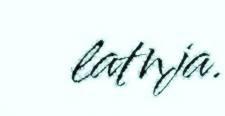
latnja.